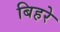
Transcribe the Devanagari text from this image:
बिहरे